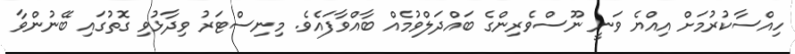
ހިއްސާކުރުމަށް އިއްޔެ ވަނީ ނޫސްވެރިންގެ ބައްދަލްވުމެއް ބާއްވާފައެވެ. މިނިސްޓަރު ވިދާޅުވި ގޮތުގައި ބޭނުންވާ